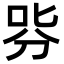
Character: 哛